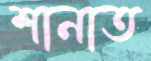
শানাত